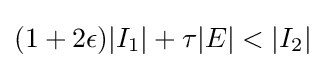
(1+2\epsilon )|I_{1}|+\tau |E|<|I_{2}|